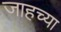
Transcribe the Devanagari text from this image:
जाहच्या